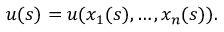
u ( s ) = u ( x _ { 1 } ( s ) , \dots , x _ { n } ( s ) ) .